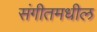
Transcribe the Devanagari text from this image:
संगीतमधील